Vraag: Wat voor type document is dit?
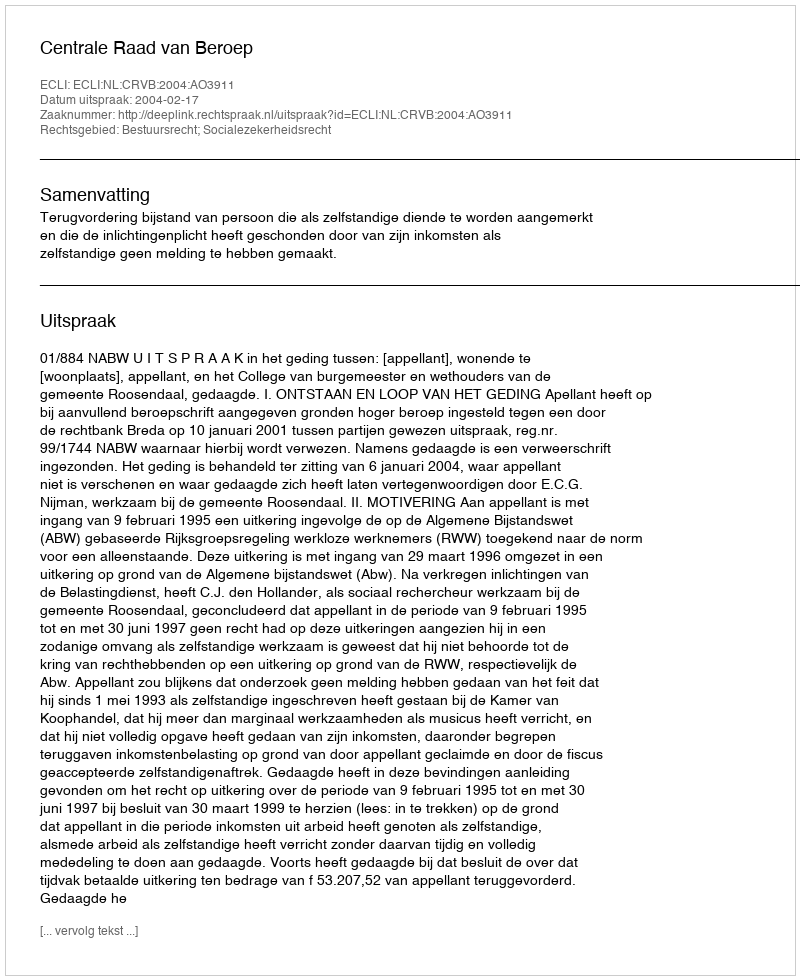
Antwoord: Uitspraak